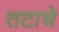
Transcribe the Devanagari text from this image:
तटाचे